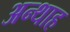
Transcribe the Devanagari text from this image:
अन्‍थाह